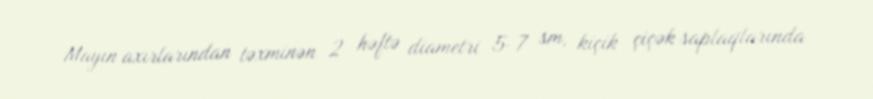
Mayın axırlarından təxminən 2 həftə diametri 5-7 sm, kiçik çiçək saplaqlarında